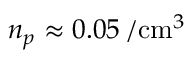
n _ { p } \approx 0 . 0 5 \, / { \mathrm { c m } } ^ { 3 }